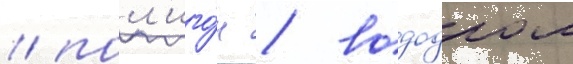
/ пол'иго́н / вододром